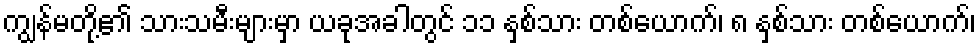
ကျွန်မတို့၏ သားသမီးများမှာ ယခုအခါတွင် ၁၁ နှစ်သား တစ်ယောက်၊ ၈ နှစ်သား တစ်ယောက်၊